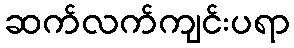
ဆက်လက်ကျင်းပရာ